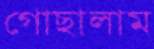
গোছালাম